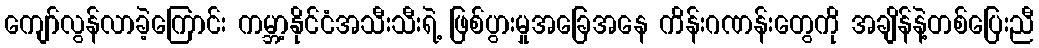
ကျော်လွန်လာခဲ့ကြောင်း ကမ္ဘာ့နိုင်ငံအသီးသီးရဲ့ ဖြစ်ပွားမှုအခြေအနေ ကိန်းဂဏန်းတွေကို အချိန်နဲ့တစ်ပြေးညီ